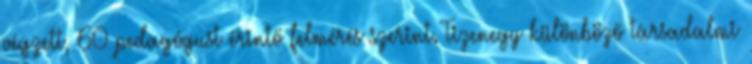
végzett, 60 pedagógust érintő felmérés szerint. Tizenegy különböző társadalmi